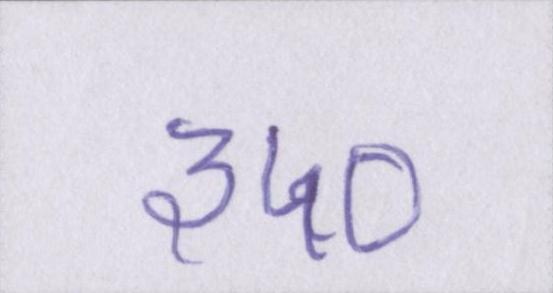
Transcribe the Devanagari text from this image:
३५०